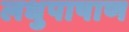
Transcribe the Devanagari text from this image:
लधुपाषाण